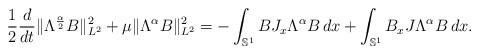
LaTeX: \begin{align*}\frac{1}{2}\frac{d}{dt} \|\Lambda^{\frac{\alpha}2} B\|^2_{L^2}+\mu \|\Lambda^{\alpha} B\|^2_{L^2}=-\int_{\mathbb S^1} BJ_x\Lambda^{\alpha}B\, dx+\int_{\mathbb S^1} B_xJ\Lambda^{\alpha}B\, dx.\end{align*}